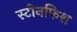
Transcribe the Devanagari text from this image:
स्टोनफिश